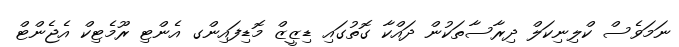
ނަމަވެސް ކްލިނިކަލް ދިރާސާތަކުން ދައްކާ ގޮތުގައި ޑިޒީޒް މޮޑިފައިންގ އެންޓި ރޫމެޓިކް އެޖެންޓް